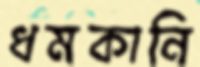
ধমকানি